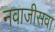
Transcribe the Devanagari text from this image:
नवाजीसवा